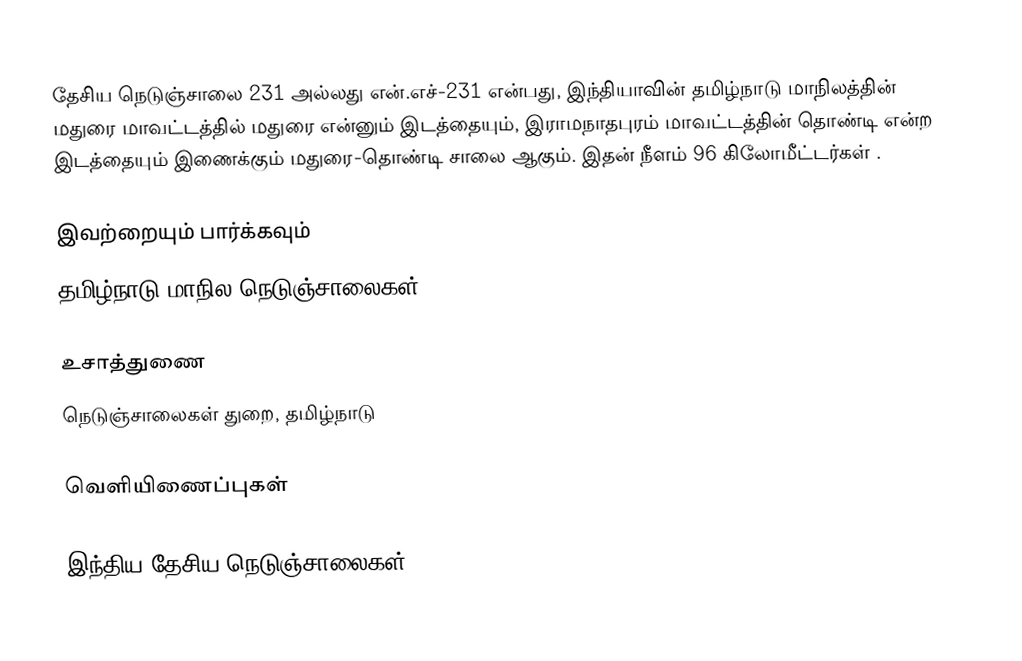
தேசிய நெடுஞ்சாலை 231 அல்லது என்.எச்-231 என்பது, இந்தியாவின் தமிழ்நாடு மாநிலத்தின் மதுரை மாவட்டத்தில் மதுரை என்னும் இடத்தையும்,  இராமநாதபுரம் மாவட்டத்தின்  தொண்டி என்ற இடத்தையும் இணைக்கும் மதுரை-தொண்டி சாலை ஆகும். இதன் நீளம் 96  கிலோமீட்டர்கள் .

இவற்றையும் பார்க்கவும்
 தமிழ்நாடு மாநில நெடுஞ்சாலைகள்

உசாத்துணை
 நெடுஞ்சாலைகள் துறை, தமிழ்நாடு

வெளியிணைப்புகள்

இந்திய தேசிய நெடுஞ்சாலைகள்